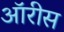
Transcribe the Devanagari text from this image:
ऑरीस